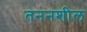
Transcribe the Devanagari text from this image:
तननशील